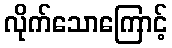
လိုက်သောကြောင့်